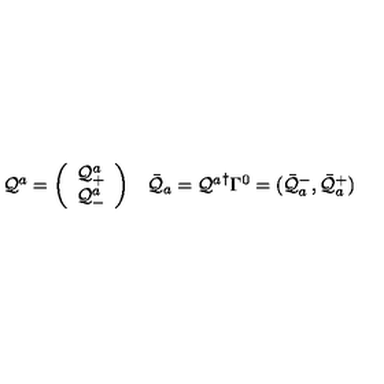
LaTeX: \begin{array} { c c } { { \cal Q } ^ { a } = \left( \begin{array} { c } { { \cal Q } _ { + } ^ { a } } \\ { { \cal Q } _ { - } ^ { a } } \\ \end{array} \right) } & { \bar { { \cal Q } } _ { a } = { { \cal Q } ^ { a } } ^ { \dagger } \Gamma ^ { 0 } = ( \bar { { \cal Q } } _ { a } ^ { - } , \bar { { \cal Q } } _ { a } ^ { + } ) } \\ \end{array}